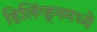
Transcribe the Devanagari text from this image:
हिलिंग्ड्नमध्ये